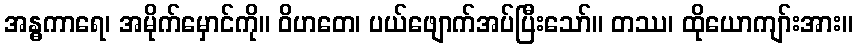
အန္ဓကာရေ၊ အမိုက်မှောင်ကို။ ဝိဟတေ၊ ပယ်ဖျောက်အပ်ပြီးသော်။ တဿ၊ ထိုယောကျာ်းအား။